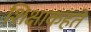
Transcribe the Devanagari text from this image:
शिक्षाकहते